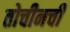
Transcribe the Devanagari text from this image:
तोचीनची